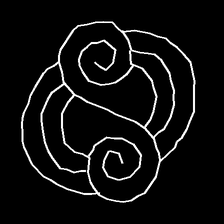
Glyph: wind-underfoot